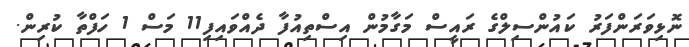
ނޮޅިވަރަންފަރު ކައުންސިލްގެ ރައީސް މަގާމުން އިސްތިއުފާ ދެއްވައިފި11 މަސް 1 ހަފްތާ ކުރިން.